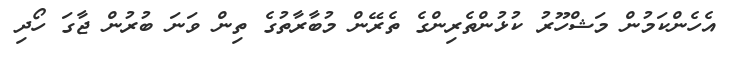
އެހެންކަމުން މަޝްހޫރު ކުޅުންތެރިންގެ ތެރޭން މުބާރާތުގެ ތިން ވަނަ ބުރުން ޖާގަ ހޯދި